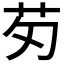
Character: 𫇬